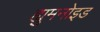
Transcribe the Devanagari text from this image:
ह्युमनोइड